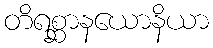
တိရစ္ဆာနယောနိယာ